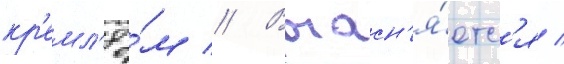
кр'емл'ё́м // Выасн'я́етс'я /